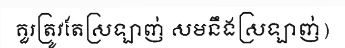
គួរត្រូវតែស្រឡាញ់ សមនឹងស្រឡាញ់)